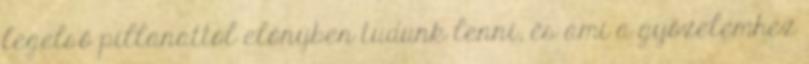
legelső pillanattól előnyben tudunk lenni, és ami a győzelemhez